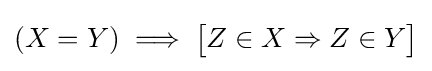
(X=Y)\implies {\bigl [}Z\in X\Rightarrow Z\in Y{\bigr ]}